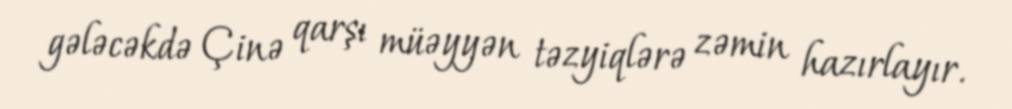
gələcəkdə Çinə qarşı müəyyən təzyiqlərə zəmin hazırlayır.